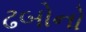
ઢબોનો